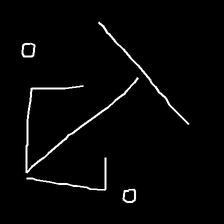
Glyph: earth